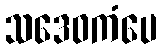
သဒေဝကံပေ